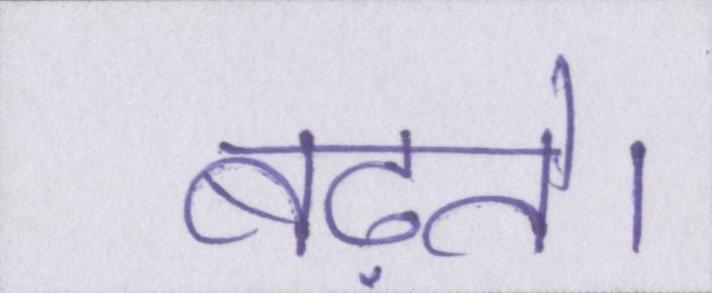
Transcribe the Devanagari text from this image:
बढ़ते।